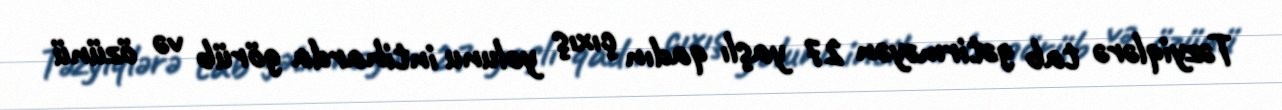
Təzyiqlərə tab gətirməyən 27 yaşlı qadın çıxış yolunu intiharda görüb və özünü